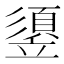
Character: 䇓